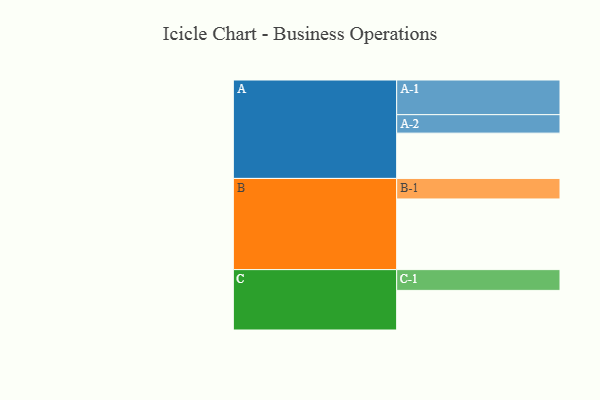
{"axis": {"x": "Segment", "y": "Value"}, "legend": ["", "A", "B", "C"], "data": [{"x": "A", "y": 375, "type": ""}, {"x": "B", "y": 585, "type": ""}, {"x": "C", "y": 328, "type": ""}, {"x": "A-1", "y": 287, "type": "A"}, {"x": "A-2", "y": 153, "type": "A"}, {"x": "B-1", "y": 170, "type": "B"}, {"x": "C-1", "y": 172, "type": "C"}]}